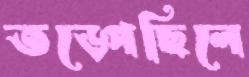
তড়্‌পেছিলে